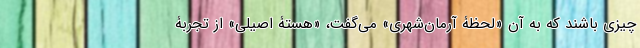
چیزی باشند که به آن «لحظۀ آرمان‌شهری» می‌گفت، «هستۀ اصیلی» از تجربۀ